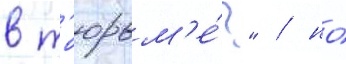
в т'юрьм'е́?" / но́